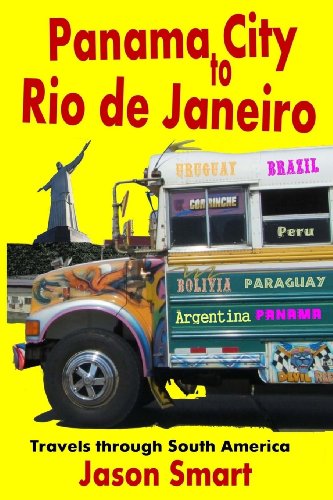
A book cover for Panama City to Rio de Janeiro: Travels through South America; Jason Smart; Travel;